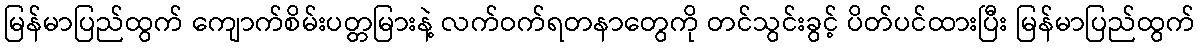
မြန်မာပြည်ထွက် ကျောက်စိမ်းပတ္တမြားနဲ့ လက်ဝက်ရတနာတွေကို တင်သွင်းခွင့် ပိတ်ပင်ထားပြီး မြန်မာပြည်ထွက်